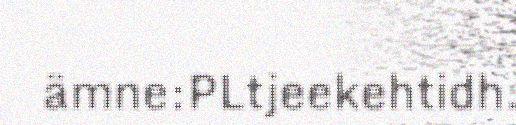
ämne:PLtjeekehtidh.